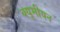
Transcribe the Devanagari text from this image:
क्यूमीयन